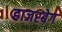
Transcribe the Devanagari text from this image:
हाजरबेग